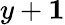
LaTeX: y+\le 1